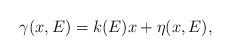
LaTeX: \begin{align*} \gamma (x,E)=k(E)x+\eta(x,E),\end{align*}